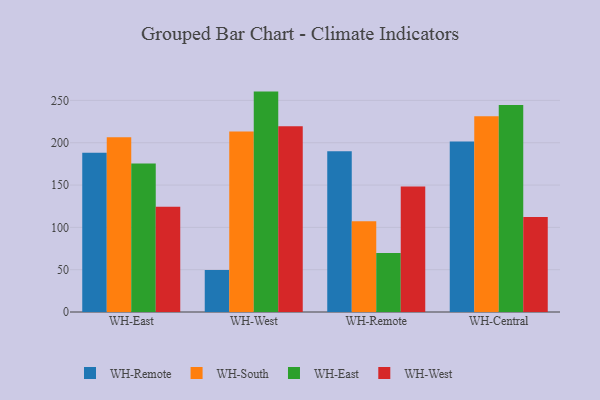
{"axis": {"x": "Warehouse", "y": "Latency (ms)"}, "legend": ["WH-East", "WH-Remote", "WH-South", "WH-West"], "data": [{"x": "WH-East", "y": 188.2, "type": "WH-Remote"}, {"x": "WH-East", "y": 206.6, "type": "WH-South"}, {"x": "WH-East", "y": 175.5, "type": "WH-East"}, {"x": "WH-East", "y": 124.4, "type": "WH-West"}, {"x": "WH-West", "y": 49.6, "type": "WH-Remote"}, {"x": "WH-West", "y": 213.4, "type": "WH-South"}, {"x": "WH-West", "y": 260.4, "type": "WH-East"}, {"x": "WH-West", "y": 219.6, "type": "WH-West"}, {"x": "WH-Remote", "y": 189.8, "type": "WH-Remote"}, {"x": "WH-Remote", "y": 107.1, "type": "WH-South"}, {"x": "WH-Remote", "y": 69.8, "type": "WH-East"}, {"x": "WH-Remote", "y": 148.2, "type": "WH-West"}, {"x": "WH-Central", "y": 201.5, "type": "WH-Remote"}, {"x": "WH-Central", "y": 231.4, "type": "WH-South"}, {"x": "WH-Central", "y": 244.6, "type": "WH-East"}, {"x": "WH-Central", "y": 112.2, "type": "WH-West"}]}